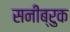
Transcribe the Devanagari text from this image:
सनीब्रुक